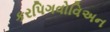
કરપિગવોવિઅન